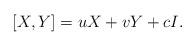
LaTeX: \begin{align*}[X,Y] = u X + v Y + c I.\end{align*}